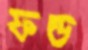
ফন্ড